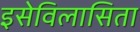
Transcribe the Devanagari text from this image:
इसेविलासिता